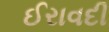
ઈરાવદી